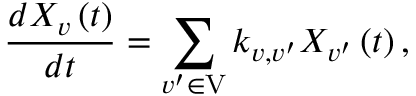
\frac { d X _ { v } \left( t \right) } { d t } = \sum _ { v ^ { \prime } \in \mathrm { V } } k _ { v , v ^ { \prime } } X _ { v ^ { \prime } } \left( t \right) ,